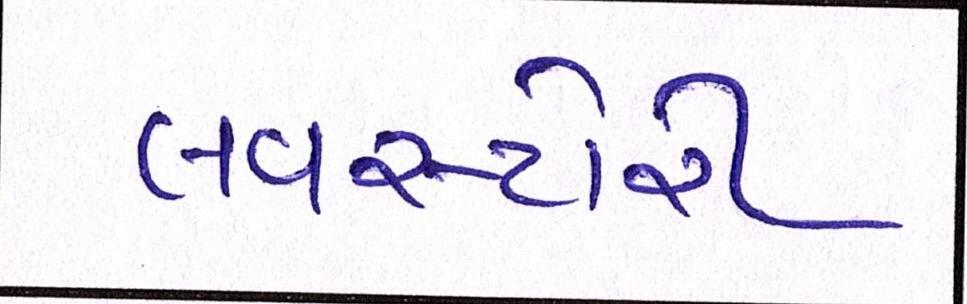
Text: લવસ્ટોરી